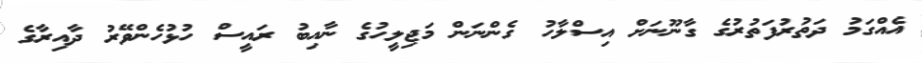
އެއްގަމު ދަތުރުފަތުރުގެ ގާނޫނަށް އިސްލާހު ގެންނަން މަޖިލީހުގެ ނާއިބު ރައީސް ހުޅުހެންވޭރު ދާއިރާގެ